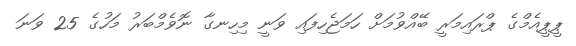
ޕީޕީއެމްގެ ޕްރައިމަރީ ބޭއްވުމަށް ހަމަޖެހިފައި ވަނީ މިހިނގާ ނޮވެމްބަރު މަހުގެ 25 ވަނަ